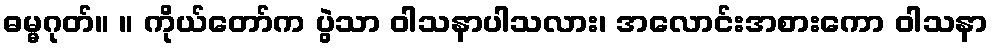
ဓမ္မဂုတ်။ ။ ကိုယ်တော်က ပွဲသာ ဝါသနာပါသလား၊ အလောင်းအစားကော ဝါသနာ